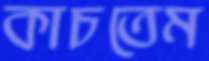
কাচতেম